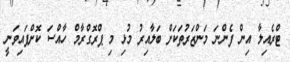
ޓްރެއިލާ އިން ފެންނަ މަންޒަރުތަކަށް ބަލާއިރު މުޅި މި ޕްރޮގްރާމް ހާއްސަ ކޮށްފައިވަނީ